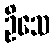
ဦသေ